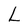
Character: L